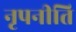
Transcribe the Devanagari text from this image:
नृपनीति